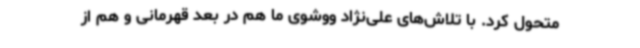
متحول کرد. با تلاش‌های علی‌نژاد ووشوی ما هم در بعد قهرمانی و هم از